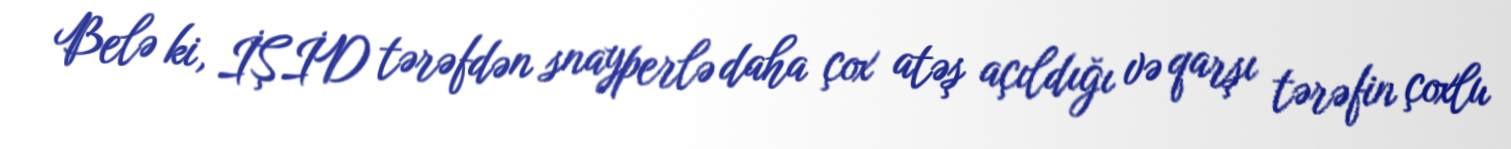
Belə ki, İŞİD tərəfdən snayperlə daha çox atəş açıldığı və qarşı tərəfin çoxlu